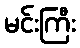
မင်းကြီး